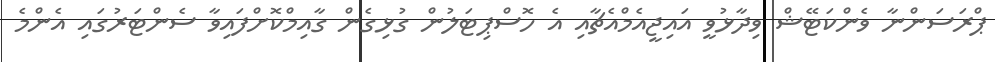
ޕްރަސަންނާ ވެންކަޓޭޝް ވިދާޅުވީ އައިޖީއެމްއެޗާއި އެ ހޮސްޕިޓަލުން ގުޅިގެން ގާއިމްކޮށްފައިވާ ސެންޓަރުގައި އެންމެ